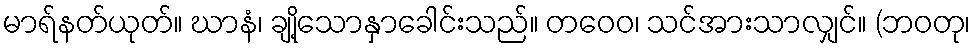
မာရ်နတ်ယုတ်။ ဃာနံ၊ ချို့သောနှာခေါင်းသည်။ တဝေဝ၊ သင်အားသာလျှင်။ (ဘဝတု၊